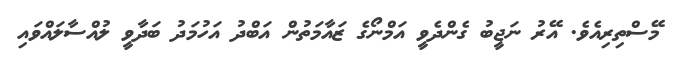
މޭސްތިރިއެވެ. އޭރު ނަޖީބު ގެންދެވީ އަމްނޯގެ ޒައާމަތުން އަބްދު އަހުމަދު ބަދާވީ ލުއްސާލައްވައި